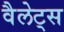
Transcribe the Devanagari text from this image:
वैलेट्स